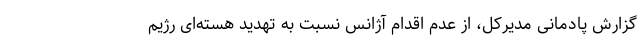
گزارش پادمانی مدیرکل، از عدم اقدام آژانس نسبت به تهدید هسته‌ای رژیم